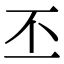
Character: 丕